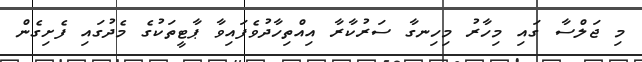
މި ޖަލްސާ ގައި މިހާރު މިހިނގާ ސަރުކާރާ އިއްތިހާދުވެފައިވާ ޕާޓީތަކުގެ މެދުގައި ފެށިގެން